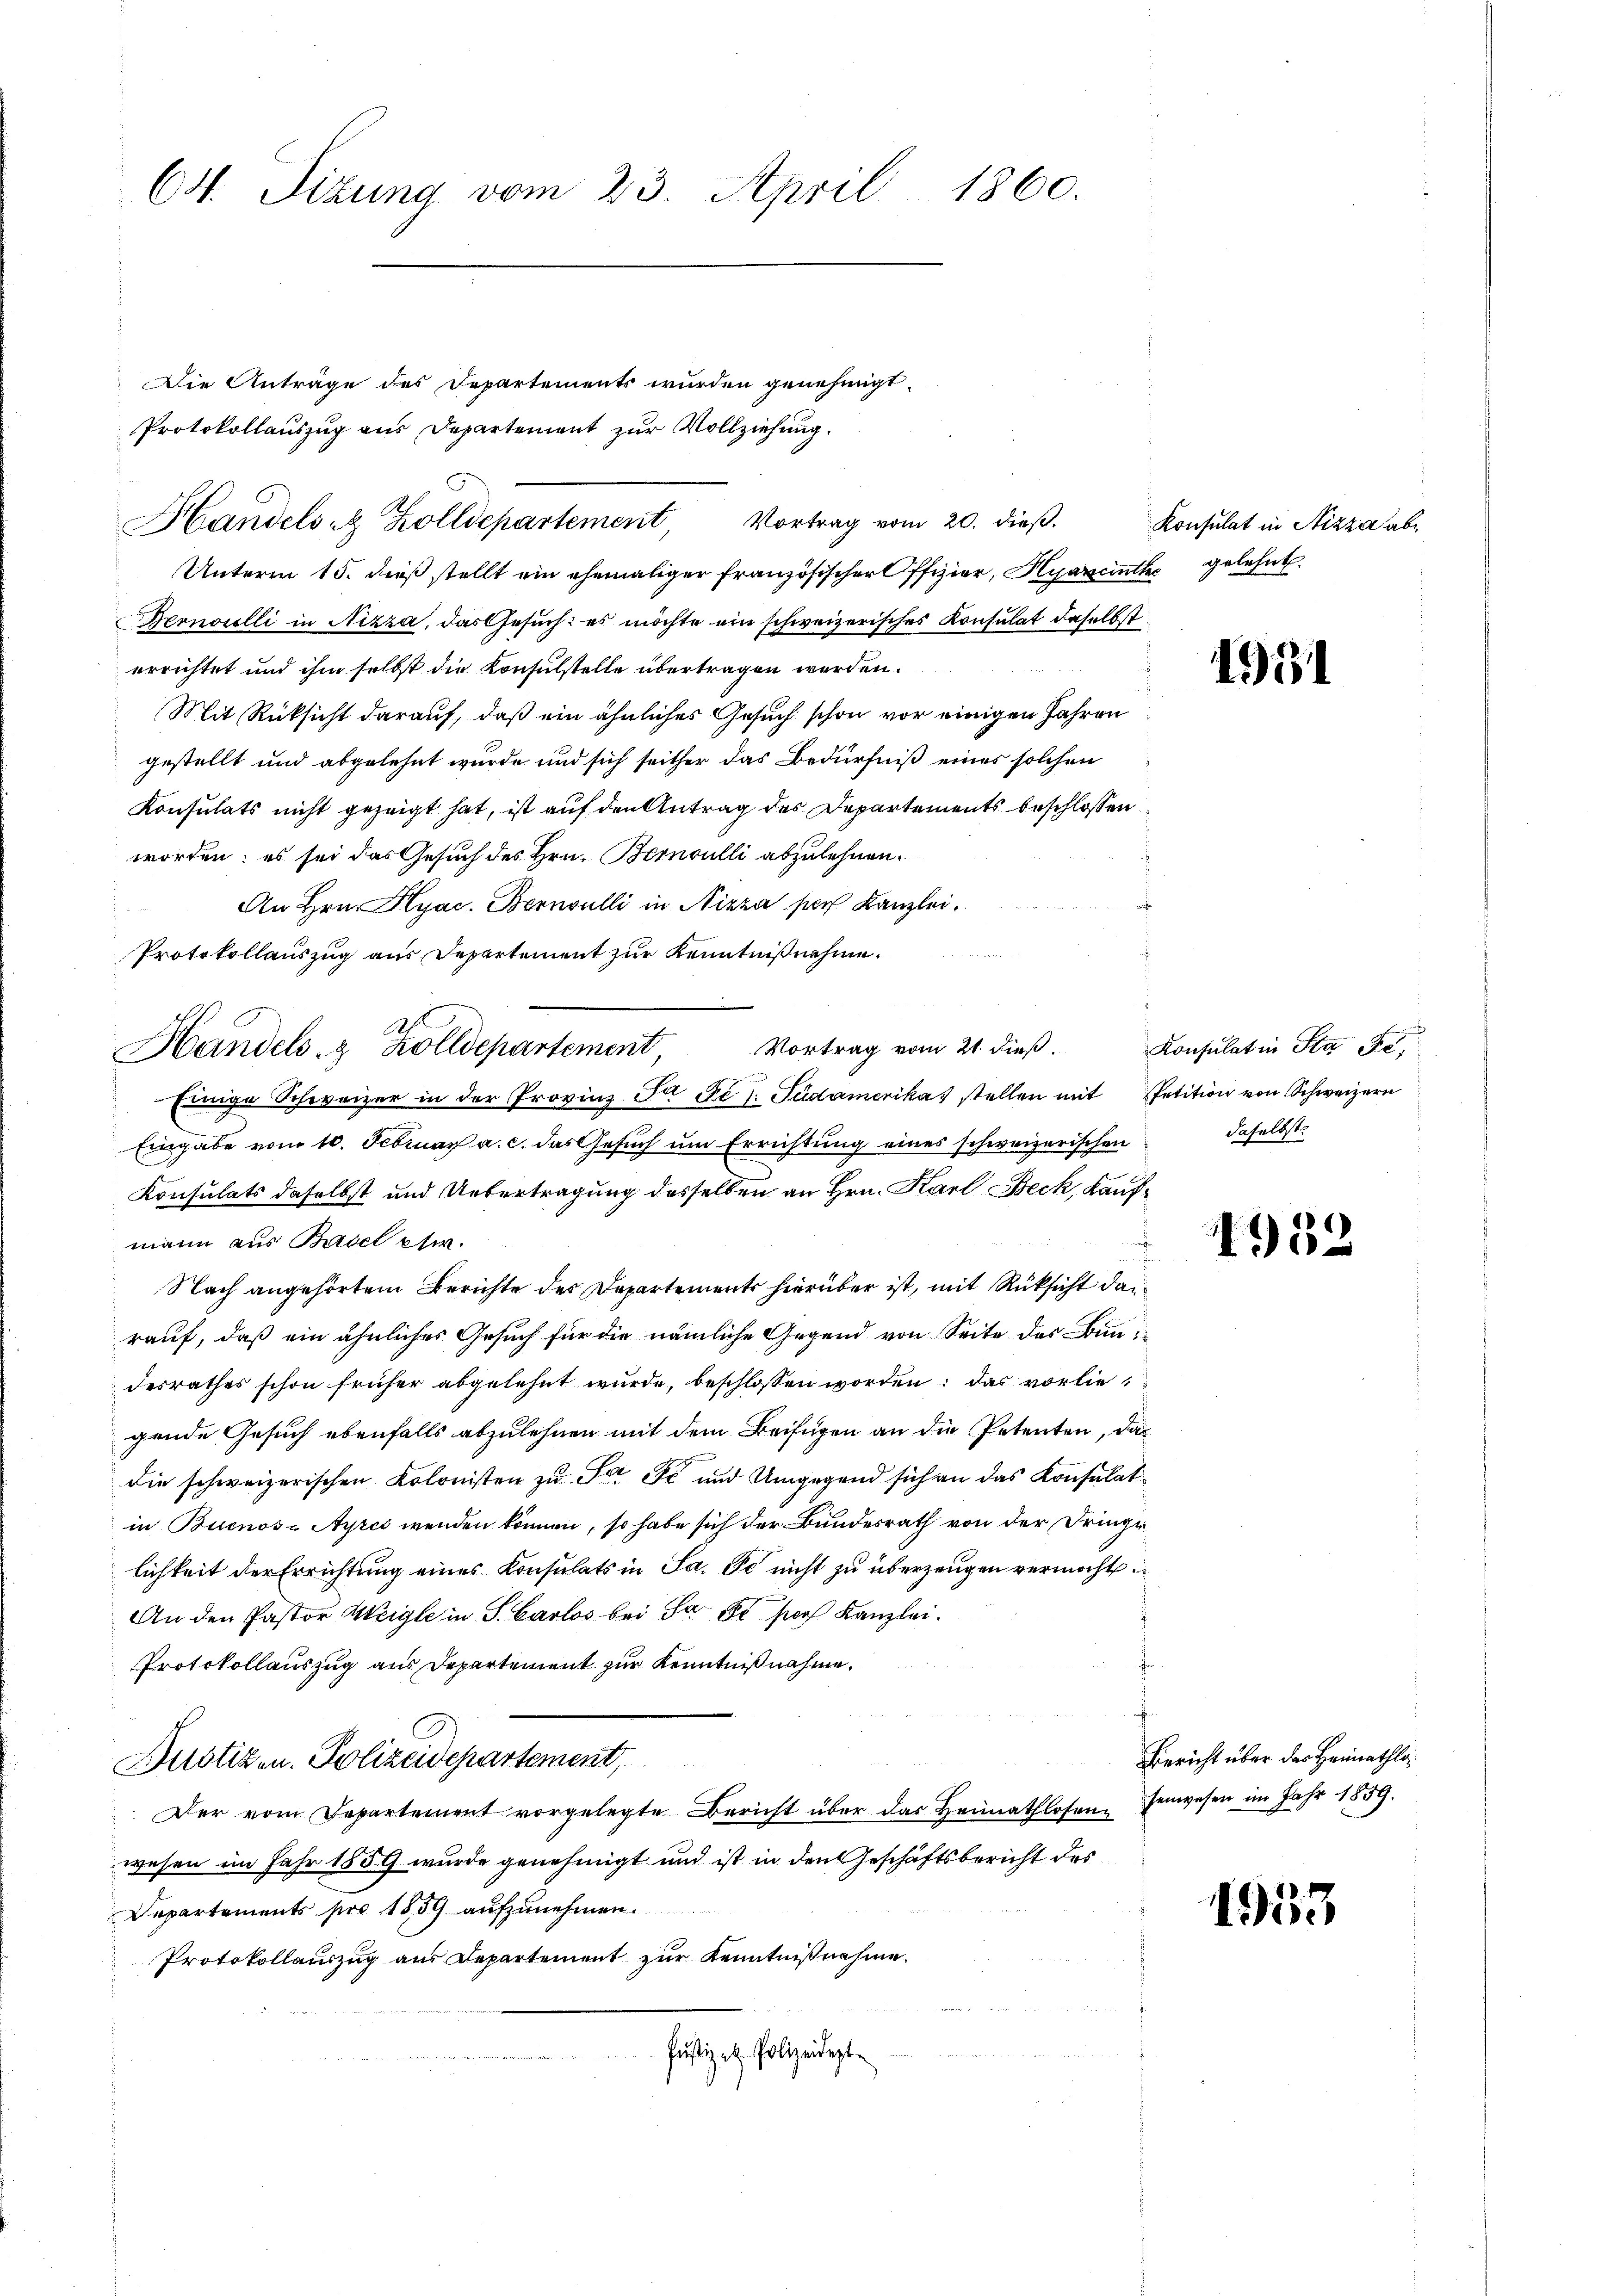
Unterm 15. dieß stellt ein ehemaliger Französischer Offizier, Hyarent gelehnt.
Bronoulli in Nizza, das Gesuch: es möchte ein schweizerisches Konsulat daselbst
errichtet und ihm selbst die Konsulstelle übertragen werden.
Mit Rücksicht darauf, daß ein ähnliches Gesuch schon vor einigen Jahren
gestellt und abgelehnt wurde und sich seither das Bedürfniß eines solchen
Konsulats nicht gezeigt hat, ist auf den Antrag des Departements beschlossen
worden; es sei das Gesuch des Hrn. Bernoulli abzulehnen.
An Hrn. Hyac. Bernoulli in Nizza soch Kanzlei
Protokollauszug aus Departement zur Kenntnisnehme.
Vortrag vom 21. dieß.
Einige Schweizer in der Provinz Ja De /. Südamerikas stellen mit Petition von Schweizern
Eingabe vom 10. Februar a. c. das Gesuch um Errichtung eines schweizerischen
Konsulats daselbst und Uebertragung desselben an Hrn. Karl Beck, Kaufmann aus Basel etw
Nach angehörtem Berichte des Departements hierüber ist, mit Rüksicht dan
rauf, daß ein ähnliches Gesuch für die nämliche Gegend von Seite des Bundesrathes schon früher abgelehnt wurde, beschlossen worden; das vorlie
gende Gesuch ebenfalls abzulehnen mit dem Beifügen an die Petenten, das
die schweizerischen Kolonisten zu der Fe und Umgegend sich an das Konsulat
in Buenos-Ayres wenden können, so habe sich der Bundesrath von der Dringe
lichkeit der Errichtung eines Konsulats in Sa. Se nicht zu überzeugen vermöcht
An den Pastor Weigle in S. Carlos bei da de par Kanzlei.
Protokollauszug aus Departement zur Kenntnißnahme.
Justiz u. Polizeidepartement,
Der vom Departement vorgelegte Bericht über das Heimathlosen, senwesen im Jahr 1859.
wesen im Jahr 1859 wurde genehmigt und ist in den Geschäftsbericht des
Departements pro 1859 aufzunehmen.
Protokollauszug aus Departement zur Kenntnißnahme.
Justiz etz. Polizeidest

64. Sitzung vom 23. April 1860.

Die Anträge des Departements wurden genehmigt.
Protokollauszug aus Departement zur Vollziehung.
Handelst Zolldepartement Vortrag vom 20. dieβ. Konsulat in Nizza abe

.
Handels- & Zolldepartement,

1931

Konsulat in Sta de
Fahrlost.

1932

Bericht über das Heimathlo¬

1953